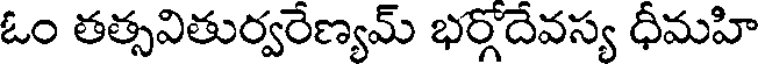
ఓం తత్సవితుర్వరేణ్యమ్ భర్గోదేవస్య ధీమహి